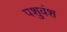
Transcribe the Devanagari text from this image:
पशुवंश